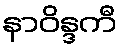
နာဝိန္ဒကီ